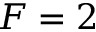
F = 2